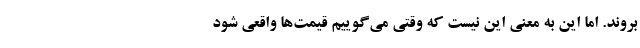
بروند. اما این به معنی این نیست که وقتی می‌گوییم قیمت‌ها واقعی شود